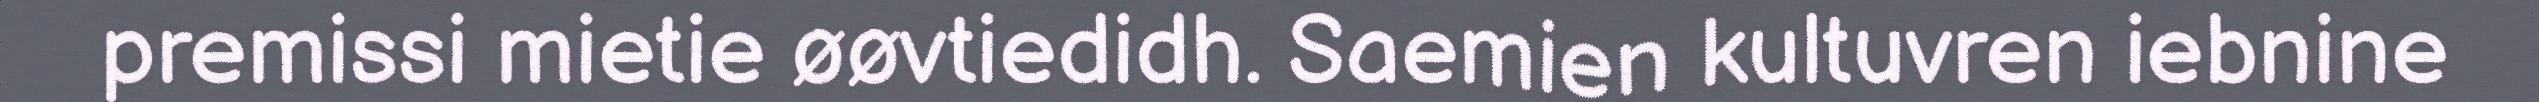
premissi mietie øøvtiedidh. Saemien kultuvren iebnine